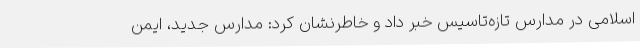
اسلامی در مدارس تازه‌تاسیس خبر داد و خاطرنشان کرد: مدارس جدید، ایمن